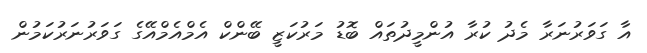
އާ ގަވަރުނަރާ މެދު ކުރާ އުންމީދުތައް ބޮޑު މަރުކަޒީ ބޭންކް އެމްއެމްއޭގެ ގަވަރުނަރުކަމުން